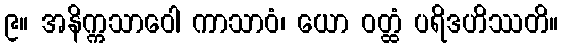
၉။ အနိက္ကသာဝေါ ကာသာဝံ၊ ယော ဝတ္ထံ ပရိဒဟိဿတိ။